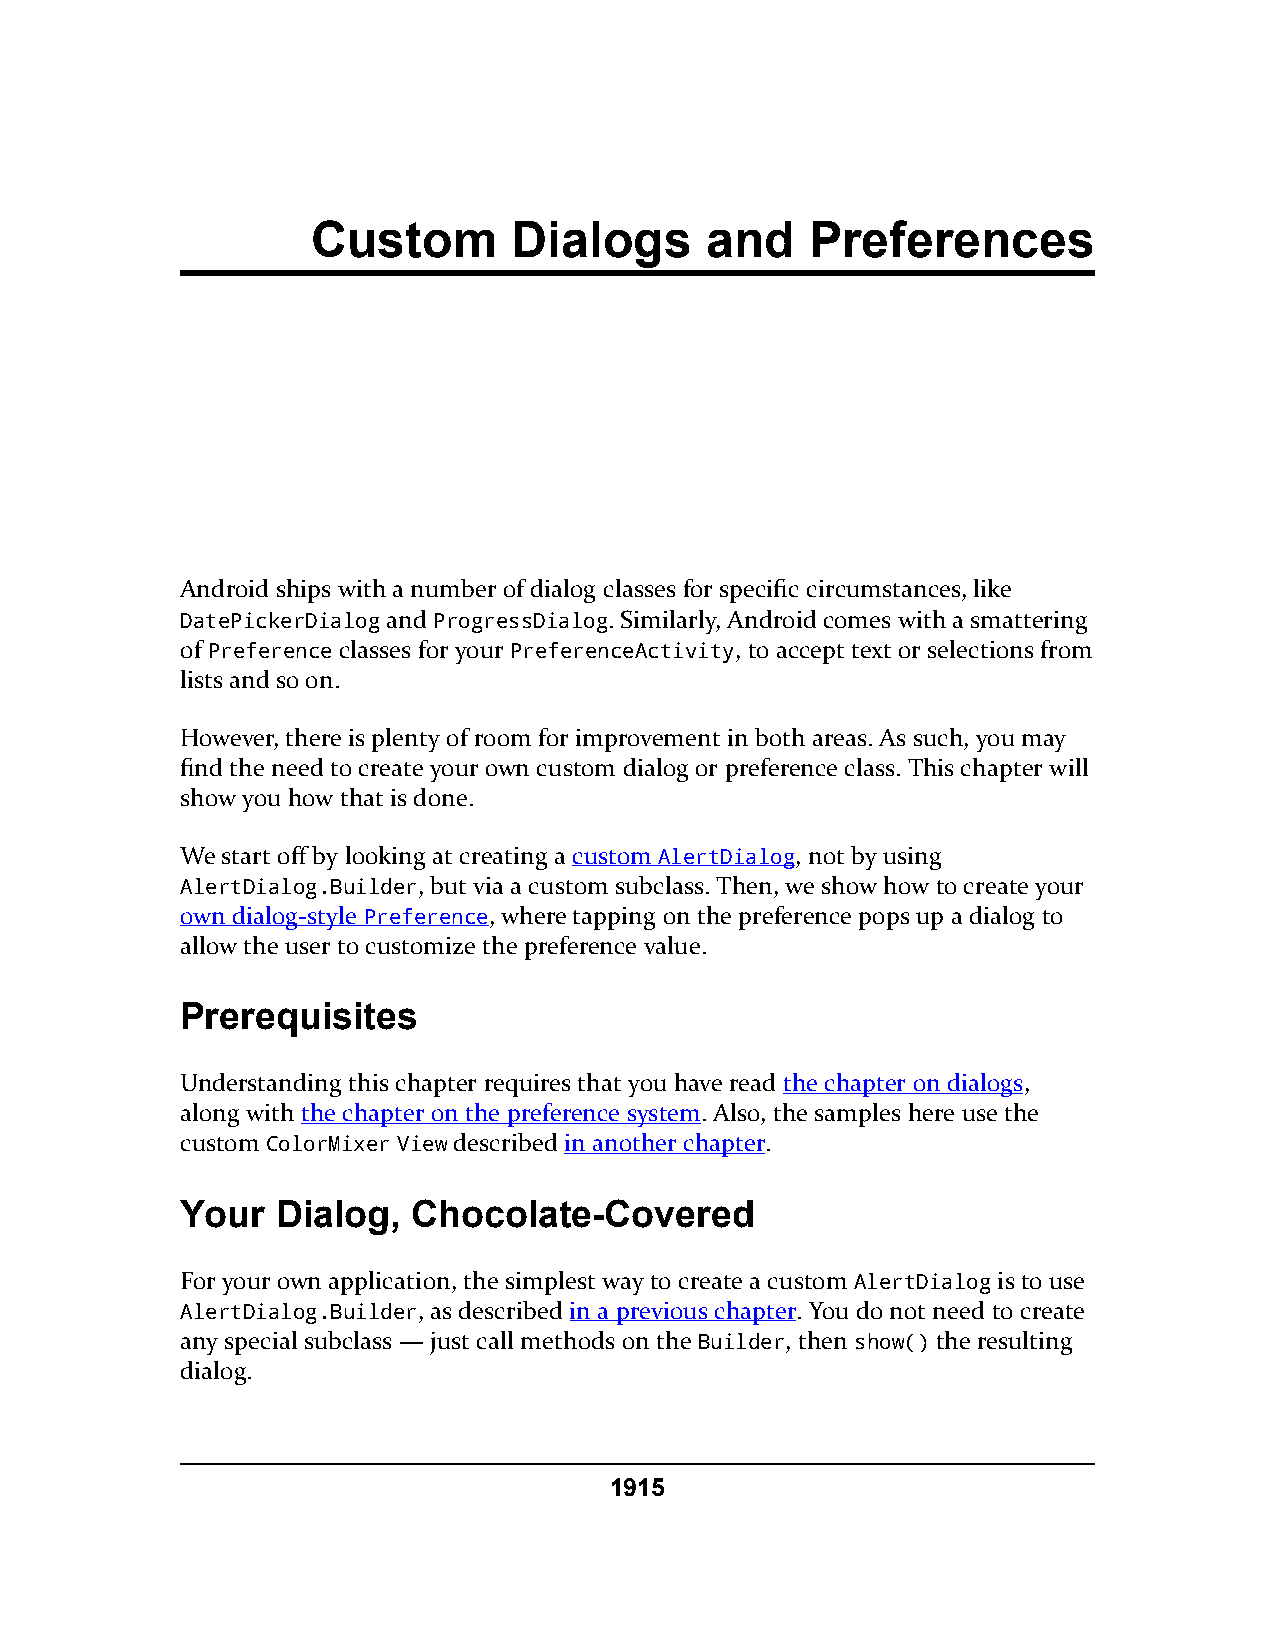
Custom       Dialogs      and    Preferences
 Android ships with a number of dialog classes for specific circumstances, like
 DatePickerDialog and ProgressDialog. Similarly, Android comes with a smattering
 of Preference classes for your PreferenceActivity, to accept text or selections from
 lists and so on.
 However, there is plenty of room for improvement in both areas. As such, you may
 find the need to create your own custom dialog or preference class. This chapter will
 show you how that is done.
 We start off by looking at creating a custom AlertDialog, not by using
 AlertDialog.Builder, but via a custom subclass. Then, we show how to create your
 own dialog-style Preference, where tapping on the preference pops up a dialog to
 allow the user to customize the preference value.
 Prerequisites
 Understanding this chapter requires that you have read the chapter on dialogs,
 along with the chapter on the preference system. Also, the samples here use the
 custom ColorMixer View described in another chapter.
 Your  Dialog,  Chocolate-Covered
 For your own application, the simplest way to create a custom AlertDialog is to use
 AlertDialog.Builder, as described in a previous chapter. You do not need to create
 any special subclass — just call methods on the Builder, then show() the resulting
 dialog.
 1915